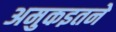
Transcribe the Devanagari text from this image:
अमुकइतने